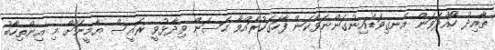
ތާއިދު ހޯއްދަވަން އެނގިވަޑައިނުގަންނަވާކަން ފާހަގަކުރައްވާ ހަސަން ވިދާޅުވީ ރައީސް ޔާމީނަށް މި އިންތިހާބު